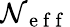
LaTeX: \mathcal{N}_{\mathrm{{~e~f~f~}}}